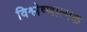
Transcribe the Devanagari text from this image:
विश्लेष्णात्मक